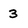
Character: 3